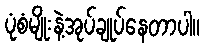
ပုံစံမျိုးနဲ့အုပ်ချုပ်နေတာပါ။